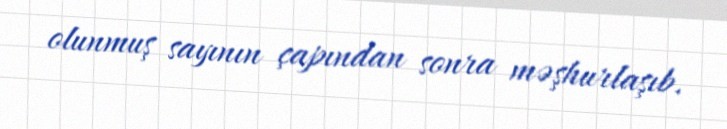
olunmuş sayının çapından sonra məşhurlaşıb.